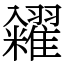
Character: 糴